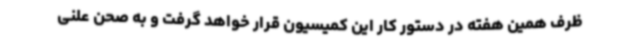
ظرف همین هفته در دستور کار این کمیسیون قرار خواهد گرفت و به صحن علنی